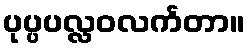
ပုပ္ပပလ္လဝလင်္ကတာ။